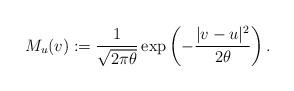
LaTeX: \begin{align*}M_u(v):=\frac{1}{\sqrt{2\pi\theta}}\exp\left(-\frac{|v-u|^2}{2\theta}\right).\end{align*}